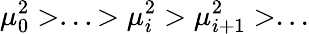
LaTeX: \mu_{0}^{2}>...>\mu_{i}^{2}>\mu_{i+1}^{2}>...